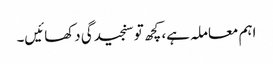
اہم معاملہ ہے، کچھ تو سنجیدگی دکھائیں۔